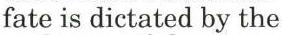
fate is dictated by the